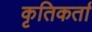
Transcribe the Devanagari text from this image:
कृतिकर्ता